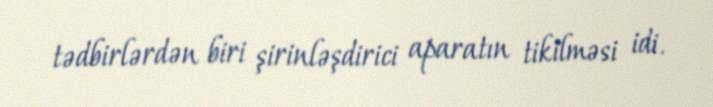
tədbirlərdən biri şirinləşdirici aparatın tikilməsi idi.